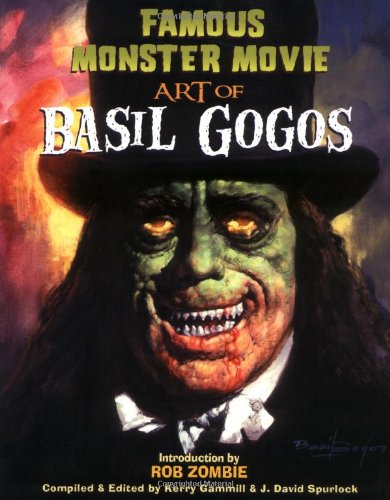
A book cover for Famous Monster Movie Art of Basil Gogos PB; Comics & Graphic Novels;